system: You are a helpful assistant.
user:
Analyze the provided spectrum to determine if it is a **"Cataclysmic Variables (CV)"**.

- **Key Indicators for CV (Check for either state):**
    - **State 1: Quiescent / Low-State (Emission-Dominated)**
        - **(Primary):** Strong and *very broad* Hydrogen Balmer emission lines (e.g., $H\alpha$ at 6563 Å, $H\beta$ at 4861 Å). The 'broadness' (high velocity dispersion, often FWHM > 1000 km/s) is the key diagnostic, indicating a high-velocity accretion disk.
        - **(Secondary):** Broad neutral Helium (He I) emission lines (e.g., 5876 Å, 6678 Å).
        - **(Key Confirmation):** Presence of high-excitation *ionized* Helium (He II) emission at 4686 Å. This is a strong indicator of accretion onto a white dwarf.
        - **(Line Profile):** Emission lines may exhibit a 'double-peaked' profile, which is a classic signature of a rotating accretion disk viewed at high inclination.

    - **State 2: Outburst / High-State (Absorption-Dominated)**
        - **(Primary):** Spectrum is dominated by a bright, blue continuum (looks like a hot star).
        - **(Secondary):** The emission lines from State 1 are weak, absent, or 'filled in', and are replaced by broad, shallow *absorption* lines (primarily Balmer and He I).
        - **(Morphology):** The overall spectrum mimics a hot B/A-type star. The crucial difference is that the absorption lines are significantly broader, shallower, and more 'washed-out' (or 'smeared') than the sharp lines of a normal stellar photosphere, due to high rotational speeds and pressure broadening in the disk.

Think first, call **spectral_visualization_tool** if needed to examine features in detail, then provide your final answer. Your response must adhere to the following strict rules:
1.  **Overall Structure:** Your response must follow the format `<think>...</think> <tool_call>...</tool_call> (if a tool is used) <answer>...</answer>`.
2.  **Tool Usage Constraint:** You may only make **one** tool call per turn.
3.  **Final Answer Format:** In the `<answer>` tag, your conclusion must be inside a `\boxed{}` command (e.g., `\boxed{YES}`), followed by your justification.

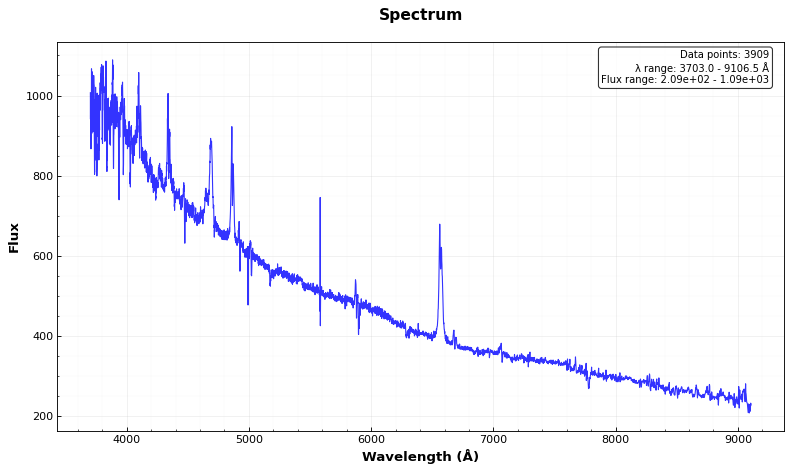
Answer: YES